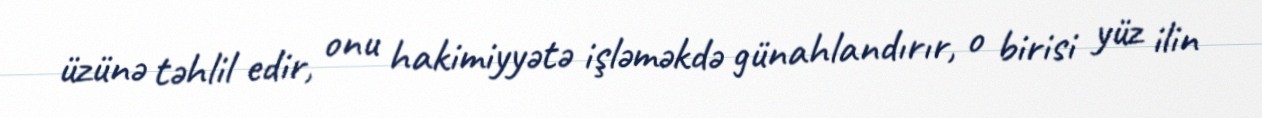
üzünə təhlil edir, onu hakimiyyətə işləməkdə günahlandırır, o birisi yüz ilin